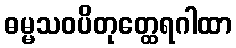
ဓမ္မသဝပိတုတ္ထေရဂါထာ